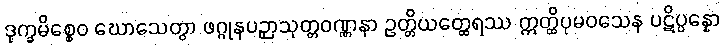
ဒုက္ခမိစ္စေဝ ဃောသေတွာ ဖဂ္ဂုနပဉှာသုတ္တဝဏ္ဏနာ ဥတ္တိယတ္ထေရဿ ဣတ္ထိပုမဝသေန ပဋိပ္ပန္နော